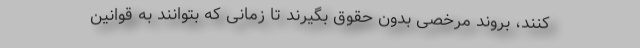
کنند، بروند مرخصی بدون حقوق بگیرند تا زمانی که بتوانند به قوانین